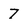
Character: 7